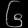
Digit: ၆